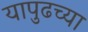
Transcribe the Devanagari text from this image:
यापुढच्या